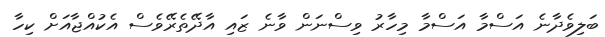
ބަލިވެދާނެ އަސްމާ އަސްމާ މިހާރު ވިސްނަން ވާނެ ޒައި އާދޭތެރޭވެސް އެކުއްޖާއަށް ކިހާ